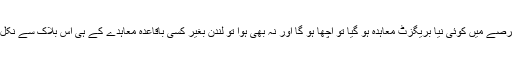
اگر اس عرصے میں کوئی نیا بریگزٹ معاہدہ ہو گیا تو اچھا ہو گا اور نہ بھی ہوا تو لندن بغیر کسی باقاعدہ معاہدے کے ہی اس بلاک سے نکل جائے گا۔